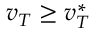
v _ { T } \ge v _ { T } ^ { * }